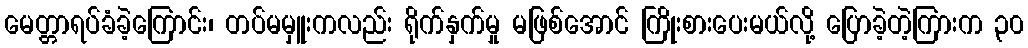
မေတ္တာရပ်ခံခဲ့ကြောင်း၊ တပ်မမှူးကလည်း ရိုက်နှက်မှု မဖြစ်အောင် ကြိုးစားပေးမယ်လို့ ပြောခဲ့တဲ့ကြားက ၃၀